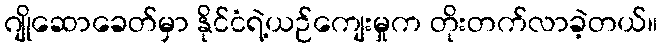
ဂျိုဆောခေတ်မှာ နိုင်ငံရဲ့ယဉ်ကျေးမှုက တိုးတက်လာခဲ့တယ်။